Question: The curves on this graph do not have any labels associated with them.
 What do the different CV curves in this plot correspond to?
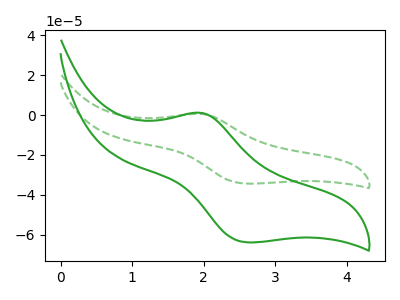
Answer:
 <answer>The green curve does not have a label. The green dashed curve does not have a label.</answer>
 <eval></eval>